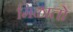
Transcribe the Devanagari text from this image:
मिळातो